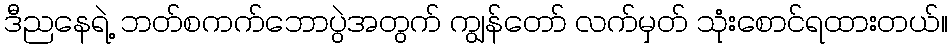
ဒီညနေရဲ့ ဘတ်စကက်ဘောပွဲအတွက် ကျွန်တော် လက်မှတ် သုံးစောင်ရထားတယ်။